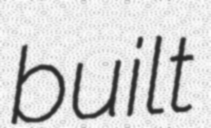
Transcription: built